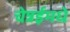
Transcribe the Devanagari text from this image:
चेन्नईमधे